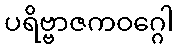
ပရိဗ္ဗာဇကဝဂ္ဂေါ